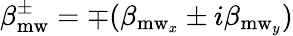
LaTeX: \beta_{\mathrm{mw}}^{\pm}=\mp(\beta_{\mathrm{mw}_{x}}\pm i\beta_{\mathrm{mw}_{y}})